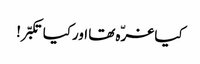
کیا غرّہ تھا اورکیا تکبّر!